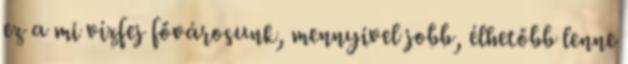
ez a mi vízfej fővárosunk, mennyivel jobb, élhetőbb lenne